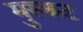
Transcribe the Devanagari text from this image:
मुस्कट